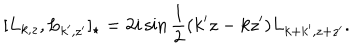
LaTeX: [ L _ { k , z } , L _ { k ^ { \prime } , z ^ { \prime } } ] _ { \star } = 2 i \sin \frac { 1 } { 2 } ( k ^ { \prime } z - k z ^ { \prime } ) L _ { k + k ^ { \prime } , z + z ^ { \prime } } .